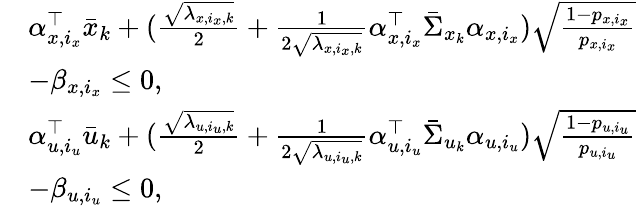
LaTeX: \begin{array}{rl}&{\alpha_{x,i_{x}}^{\top}\bar{x}_{k}+(\frac{\sqrt{\lambda_{x,i_{x},k}}}{2}+\frac{1}{2\sqrt{\lambda_{x,i_{x},k}}}\alpha_{x,i_{x}}^{\top}\bar{\Sigma}_{x_{k}}\alpha_{x,i_{x}})\sqrt{\frac{1-p_{x,i_{x}}}{p_{x,i_{x}}}}}\\ &{-\beta_{x,i_{x}}\leq 0,}\\ &{\alpha_{u,i_{u}}^{\top}\bar{u}_{k}+(\frac{\sqrt{\lambda_{u,i_{u},k}}}{2}+\frac{1}{2\sqrt{\lambda_{u,i_{u},k}}}\alpha_{u,i_{u}}^{\top}\bar{\Sigma}_{u_{k}}\alpha_{u,i_{u}})\sqrt{\frac{1-p_{u,i_{u}}}{p_{u,i_{u}}}}}\\ &{-\beta_{u,i_{u}}\leq 0,}\end{array}